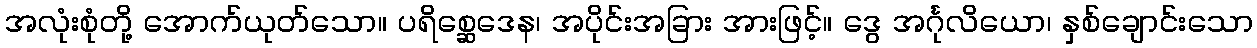
အလုံးစုံတို့ အောက်ယုတ်သော။ ပရိစ္ဆေဒေန၊ အပိုင်းအခြား အားဖြင့်။ ဒွေ အင်္ဂုလိယော၊ နှစ်ချောင်းသော